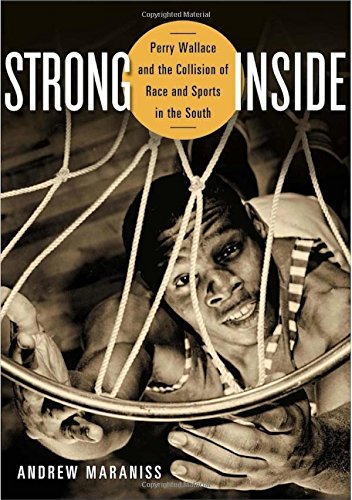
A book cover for Strong Inside: Perry Wallace and the Collision of Race and Sports in the South; Andrew Maraniss; Biographies & Memoirs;